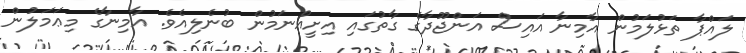
ލައްޕާ ތަޅުލަމުން އާމިނާ އައިސް އަންޖޫދާގެ ގާތުގައި އިށީއްނަމުން ބުނެލިއެވެ. އާމިނާގެ މިޢަމަލުން